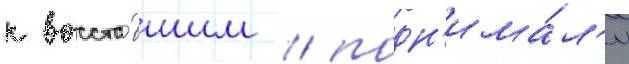
к восста́вшим / подн'има́л'и